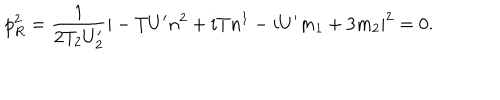
p _ { R } ^ { 2 } = \frac { 1 } { 2 T _ { 2 } U _ { 2 } ^ { \prime } } | - { T } U ^ { \prime } n ^ { 2 } + i { T } n ^ { 1 } - i U ^ { \prime } m _ { 1 } + 3 m _ { 2 } | ^ { 2 } = 0 .